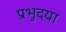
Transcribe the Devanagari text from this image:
प्रभुदया